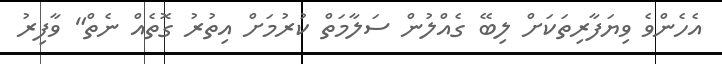
އެހެންވެ ވިޔަފާރިތަކަށް ލިބޭ ގެއްލުން ސަލާމަތް ކުރުމަށް އިތުރު ގޮތެއް ނެތް" ވާފިރު